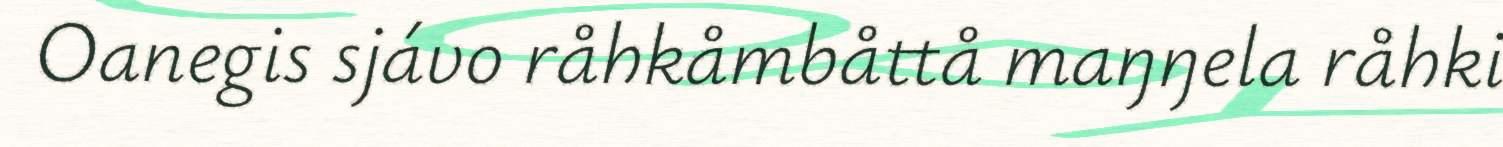
Oanegis sjávo råhkåmbåttå maŋŋela råhki